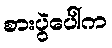
စားပွဲပေါ်က